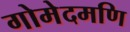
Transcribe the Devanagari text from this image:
गोमेदमणि